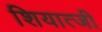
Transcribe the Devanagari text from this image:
शियात्जी